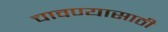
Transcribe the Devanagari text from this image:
चावण्यासाठी